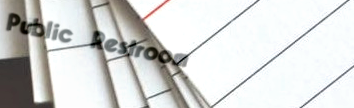
Public Restroom